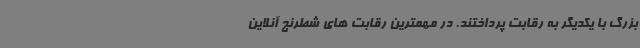
بزرگ با یکدیگر به رقابت پرداختند. در مهمترین رقابت های شطرنج آنلاین